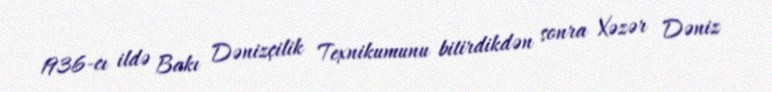
1936-cı ildə Bakı Dənizçilik Texnikumunu bitirdikdən sonra Xəzər Dəniz